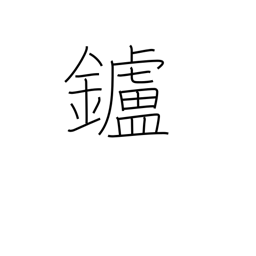
Meaning: hearth